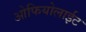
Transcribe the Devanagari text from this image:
ओफियोलाईट